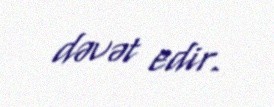
dəvət edir.